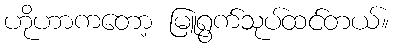
ဟိုဟာကတော့ မြူရွက်သုပ်ထင်တယ်။